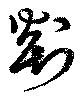
剡